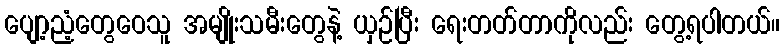
ပျော့ညံ့တွေဝေသူ အမျိုးသမီးတွေနဲ့ ယှဉ်ပြီး ရေးတတ်တာကိုလည်း တွေ့ရပါတယ်။